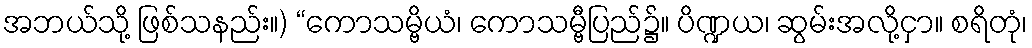
အဘယ်သို့ ဖြစ်သနည်း။) “ကောသမ္ဗိယံ၊ ကောသမ္ဗီပြည်၌။ ပိဏ္ဍယ၊ ဆွမ်းအလို့ငှာ။ စရိတုံ၊